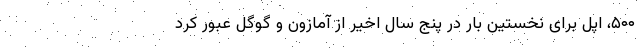
۵۰۰، اپل برای نخستین بار در پنج سال اخیر از آمازون و گوگل عبور کرد